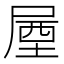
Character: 𡲙